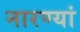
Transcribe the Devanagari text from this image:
नारण्यां